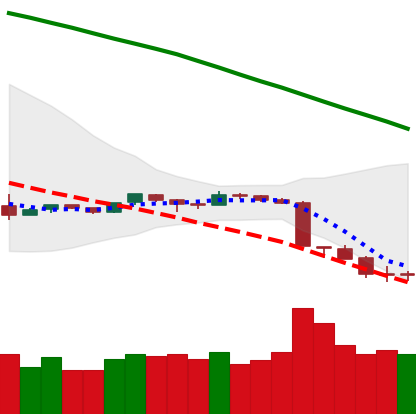
Ticker: ETH-USD
Chart end date: 2018-09-10
Forward return: 13.19%
Label: up_7plus